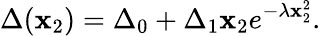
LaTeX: \Delta(\mathbf{x}_{2})=\Delta_{0}+\Delta_{1}\mathbf{x}_{2}e^{-\lambda\mathbf{x}_{2}^{2}}.